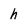
Character: h